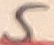
Text: 5